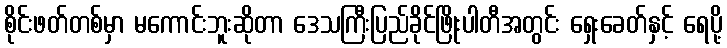
စိုင်းဖတ်တစ်မှာ မကောင်းဘူးဆိုတာ ဒေသကြီးပြည်ခိုင်ဖြိုးပါတီအတွင်း ရှေးခေတ်နှင့် ရေပို့